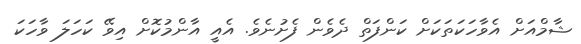
ޝާމްއަށް އެވާހަކަތަކަށް ކަންފަތް ދެވެން ފެށުނެވެ. އެއީ އާންމުކޮށް އިވޭ ކަހަލަ ވާހަކަ